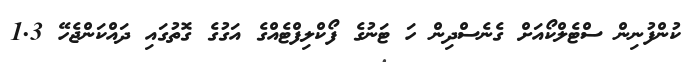
ކުންފުނިން ސްޓެލްކޯއަށް ގެނެސްދިން ހަ ޓަނުގެ ފޯކްލިފްޓެއްގެ އަގުގެ ގޮތުގައި ދައްކަންޖެހޭ 1.3